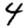
Digit: 4